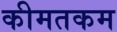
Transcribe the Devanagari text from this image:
कीमतकम